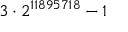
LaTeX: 3 \cdot 2 ^ { 1 1 8 9 5 7 1 8 } - 1